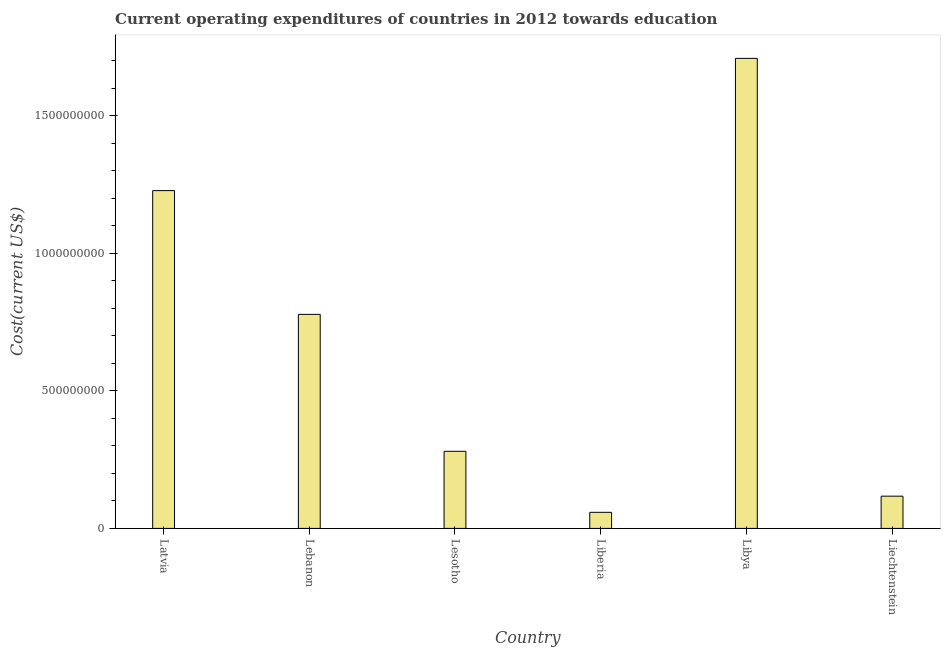
| Country | Education expenditure |
 | --- | --- |
 | Latvia | 1.23e+09 |
 | Lebanon | 7.78e+08 |
 | Lesotho | 2.8e+08 |
 | Liberia | 5.85e+07 |
 | Libya | 1.71e+09 |
 | Liechtenstein | 1.17e+08 |